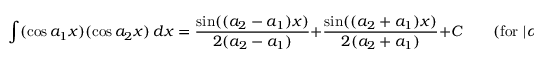
\int ( \cos a _ { 1 } x ) ( \cos a _ { 2 } x ) \, d x = { \frac { \sin ( ( a _ { 2 } - a _ { 1 } ) x ) } { 2 ( a _ { 2 } - a _ { 1 } ) } } + { \frac { \sin ( ( a _ { 2 } + a _ { 1 } ) x ) } { 2 ( a _ { 2 } + a _ { 1 } ) } } + C \qquad { \mathrm { ( f o r ~ } } | a _ { 1 } | \neq | a _ { 2 } | { \mathrm { ) } }